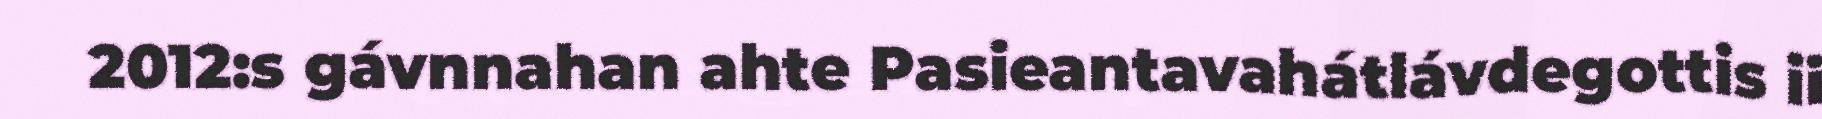
2012:s gávnnahan ahte Pasieantavahátlávdegottis ii